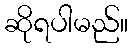
ဆိုရပါမည်။